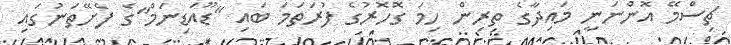
ޗިސްމޭ އޮންނަނީ މައިދާގެ ތިރިން ހިމަ ގޮހޮރުގެ ފުރަތަމަ ބައި "ޑޫއަޑިނަމް"ގެ ފެށޭތަނުގައި